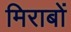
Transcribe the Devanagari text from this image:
मिराबों